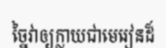
ច្នៃវាឲ្យក្លាយជាមេរៀនដ៏